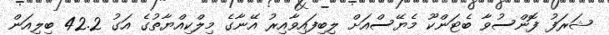
ޝަރަފު ފޮންސުވާ ބެޓަންކޫ މެޔޭސްއަށް ލިބިފައިވާއިރު އޭނާގެ މިލްކިއްޔާތުގެ އަގު 42.2 ބިލިއަން